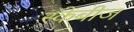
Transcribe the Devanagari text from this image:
स्केबीज